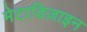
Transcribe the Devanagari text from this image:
मेटाडिज़ाइन